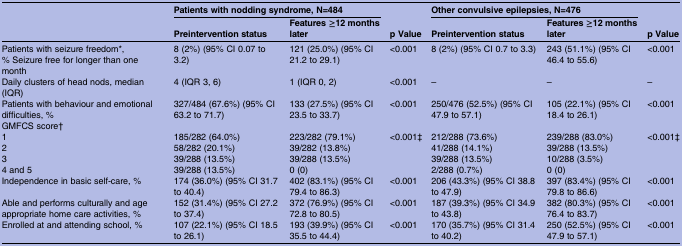
<table><thead><tr><td><b> </b></td><td colspan="2"><b>Patients with nodding syndrome, N=484</b></td><td></td><td colspan="2"><b>Other convulsive epilepsies, N=476</b></td><td></td></tr><tr><td></td><td><b>Preintervention status</b></td><td><b>Features ≥12 months later</b></td><td><b>p Value</b></td><td><b>Preintervention status</b></td><td><b>Features ≥12 months later</b></td><td><b>p Value</b></td></tr></thead><tbody><tr><td>Patients with seizure freedom*, % Seizure free for longer than one month</td><td>8 (2%) (95% CI 0.07 to 3.2)</td><td>121 (25.0%) (95% CI 21.2 to 29.1)</td><td>&lt;0.001</td><td>8 (2%) (95% CI 0.7 to 3.3)</td><td>243 (51.1%) (95% CI 46.4 to 55.6)</td><td>&lt;0.001</td></tr><tr><td>Daily clusters of head nods, median (IQR)</td><td>4 (IQR 3, 6)</td><td>1 (IQR 0, 2)</td><td>&lt;0.001</td><td>–</td><td>–</td><td>–</td></tr><tr><td>Patients with behaviour and emotional difficulties, %</td><td>327/484 (67.6%) (95% CI 63.2 to 71.7)</td><td>133 (27.5%) (95% CI 23.5 to 33.7)</td><td>&lt;0.001</td><td>250/476 (52.5%) (95% CI 47.9 to 57.1)</td><td>105 (22.1%) (95% CI 18.4 to 26.1)</td><td>&lt;0.001</td></tr><tr><td>GMFCS score†</td><td></td><td></td><td></td><td></td><td></td><td></td></tr><tr><td>1</td><td>185/282 (64.0%)</td><td>223/282 (79.1%)</td><td>&lt;0.001‡</td><td>212/288 (73.6%)</td><td>239/288 (83.0%)</td><td>&lt;0.001‡</td></tr><tr><td>2</td><td>58/282 (20.1%)</td><td>39/282 (13.8%)</td><td></td><td>41/288 (14.1%)</td><td>39/288 (13.5%)</td><td></td></tr><tr><td>3</td><td>39/288 (13.5%)</td><td>39/288 (13.5%)</td><td></td><td>39/288 (13.5%)</td><td>10/288 (3.5%)</td><td></td></tr><tr><td>4 and 5</td><td>39/288 (13.5%)</td><td>0 (0)</td><td></td><td>2/288 (0.7%)</td><td>0 (0)</td><td></td></tr><tr><td>Independence in basic self-care, %</td><td>174 (36.0%) (95% CI 31.7 to 40.4)</td><td>402 (83.1%) (95% CI 79.4 to 86.3)</td><td>&lt;0.001</td><td>206 (43.3%) (95% CI 38.8 to 47.9)</td><td>397 (83.4%) (95% CI 79.8 to 86.6)</td><td>&lt;0.001</td></tr><tr><td>Able and performs culturally and age appropriate home care activities, %</td><td>152 (31.4%) (95% CI 27.2 to 37.4)</td><td>372 (76.9%) (95% CI 72.8 to 80.5)</td><td>&lt;0.001</td><td>187 (39.3%) (95% CI 34.9 to 43.8)</td><td>382 (80.3%) (95% CI 76.4 to 83.7)</td><td>&lt;0.001</td></tr><tr><td>Enrolled at and attending school, %</td><td>107 (22.1%) (95% CI 18.5 to 26.1)</td><td>193 (39.9%) (95% CI 35.5 to 44.4)</td><td>&lt;0.001</td><td>170 (35.7%) (95% CI 31.4 to 40.2)</td><td>250 (52.5%) (95% CI 47.9 to 57.1)</td><td>&lt;0.001</td></tr></tbody></table>